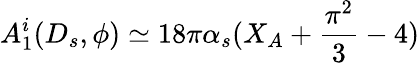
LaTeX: A_{1}^{i}(D_{s},\phi)\simeq 18\pi\alpha_{s}(X_{A}+\frac{\pi^{2}}{3}-4)